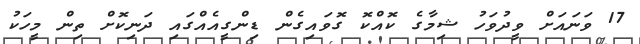
17 ވަނައަށް ވީދުވަހު ޝިމާގެ ކޮއްކޮ ގޮވައިގެން ޑިންގީއެއްގައި ދަނިކޮށް ތިން މީހަކު